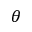
\theta